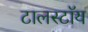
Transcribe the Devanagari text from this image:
टालस्टॉय